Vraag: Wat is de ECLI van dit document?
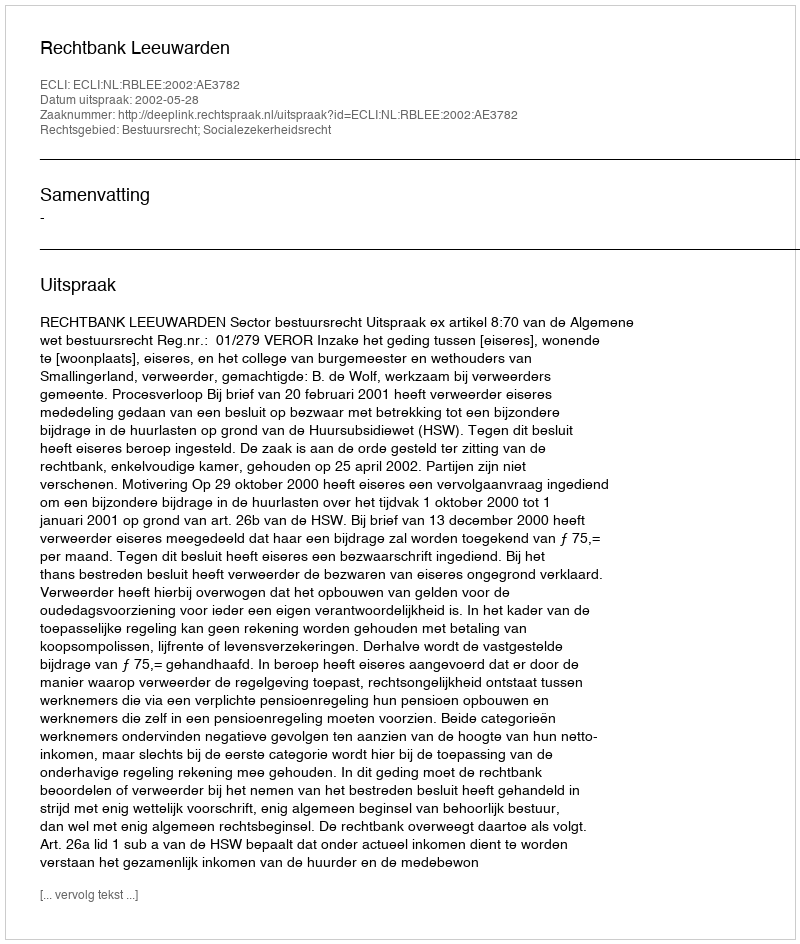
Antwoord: ECLI:NL:RBLEE:2002:AE3782